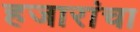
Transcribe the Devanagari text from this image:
हजारांचा